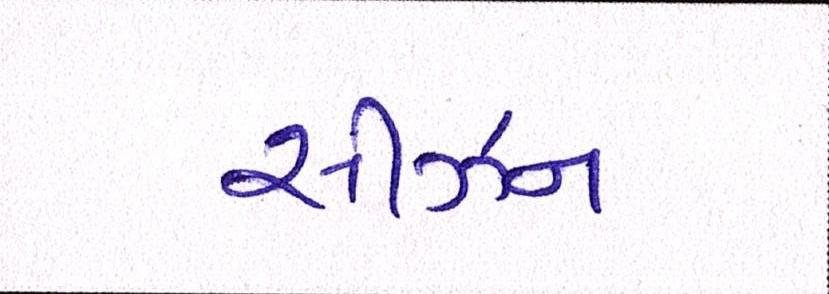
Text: સીઝન